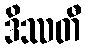
ဒိဿတီ